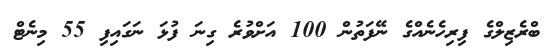
ބްރެޒިލްގެ ފިރިހެނެއްގެ ނޭފަތުން 100 އަށްވުރެ ގިނަ ފުޅަ ނަގައިފި 55 މިނެޓް